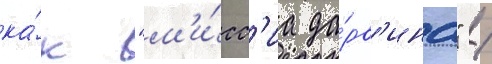
ка́к "м'и́сс'иа да́рв'ина" /